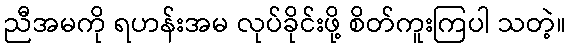
ညီအမကို ရဟန်းအမ လုပ်ခိုင်းဖို့ စိတ်ကူးကြပါ သတဲ့။